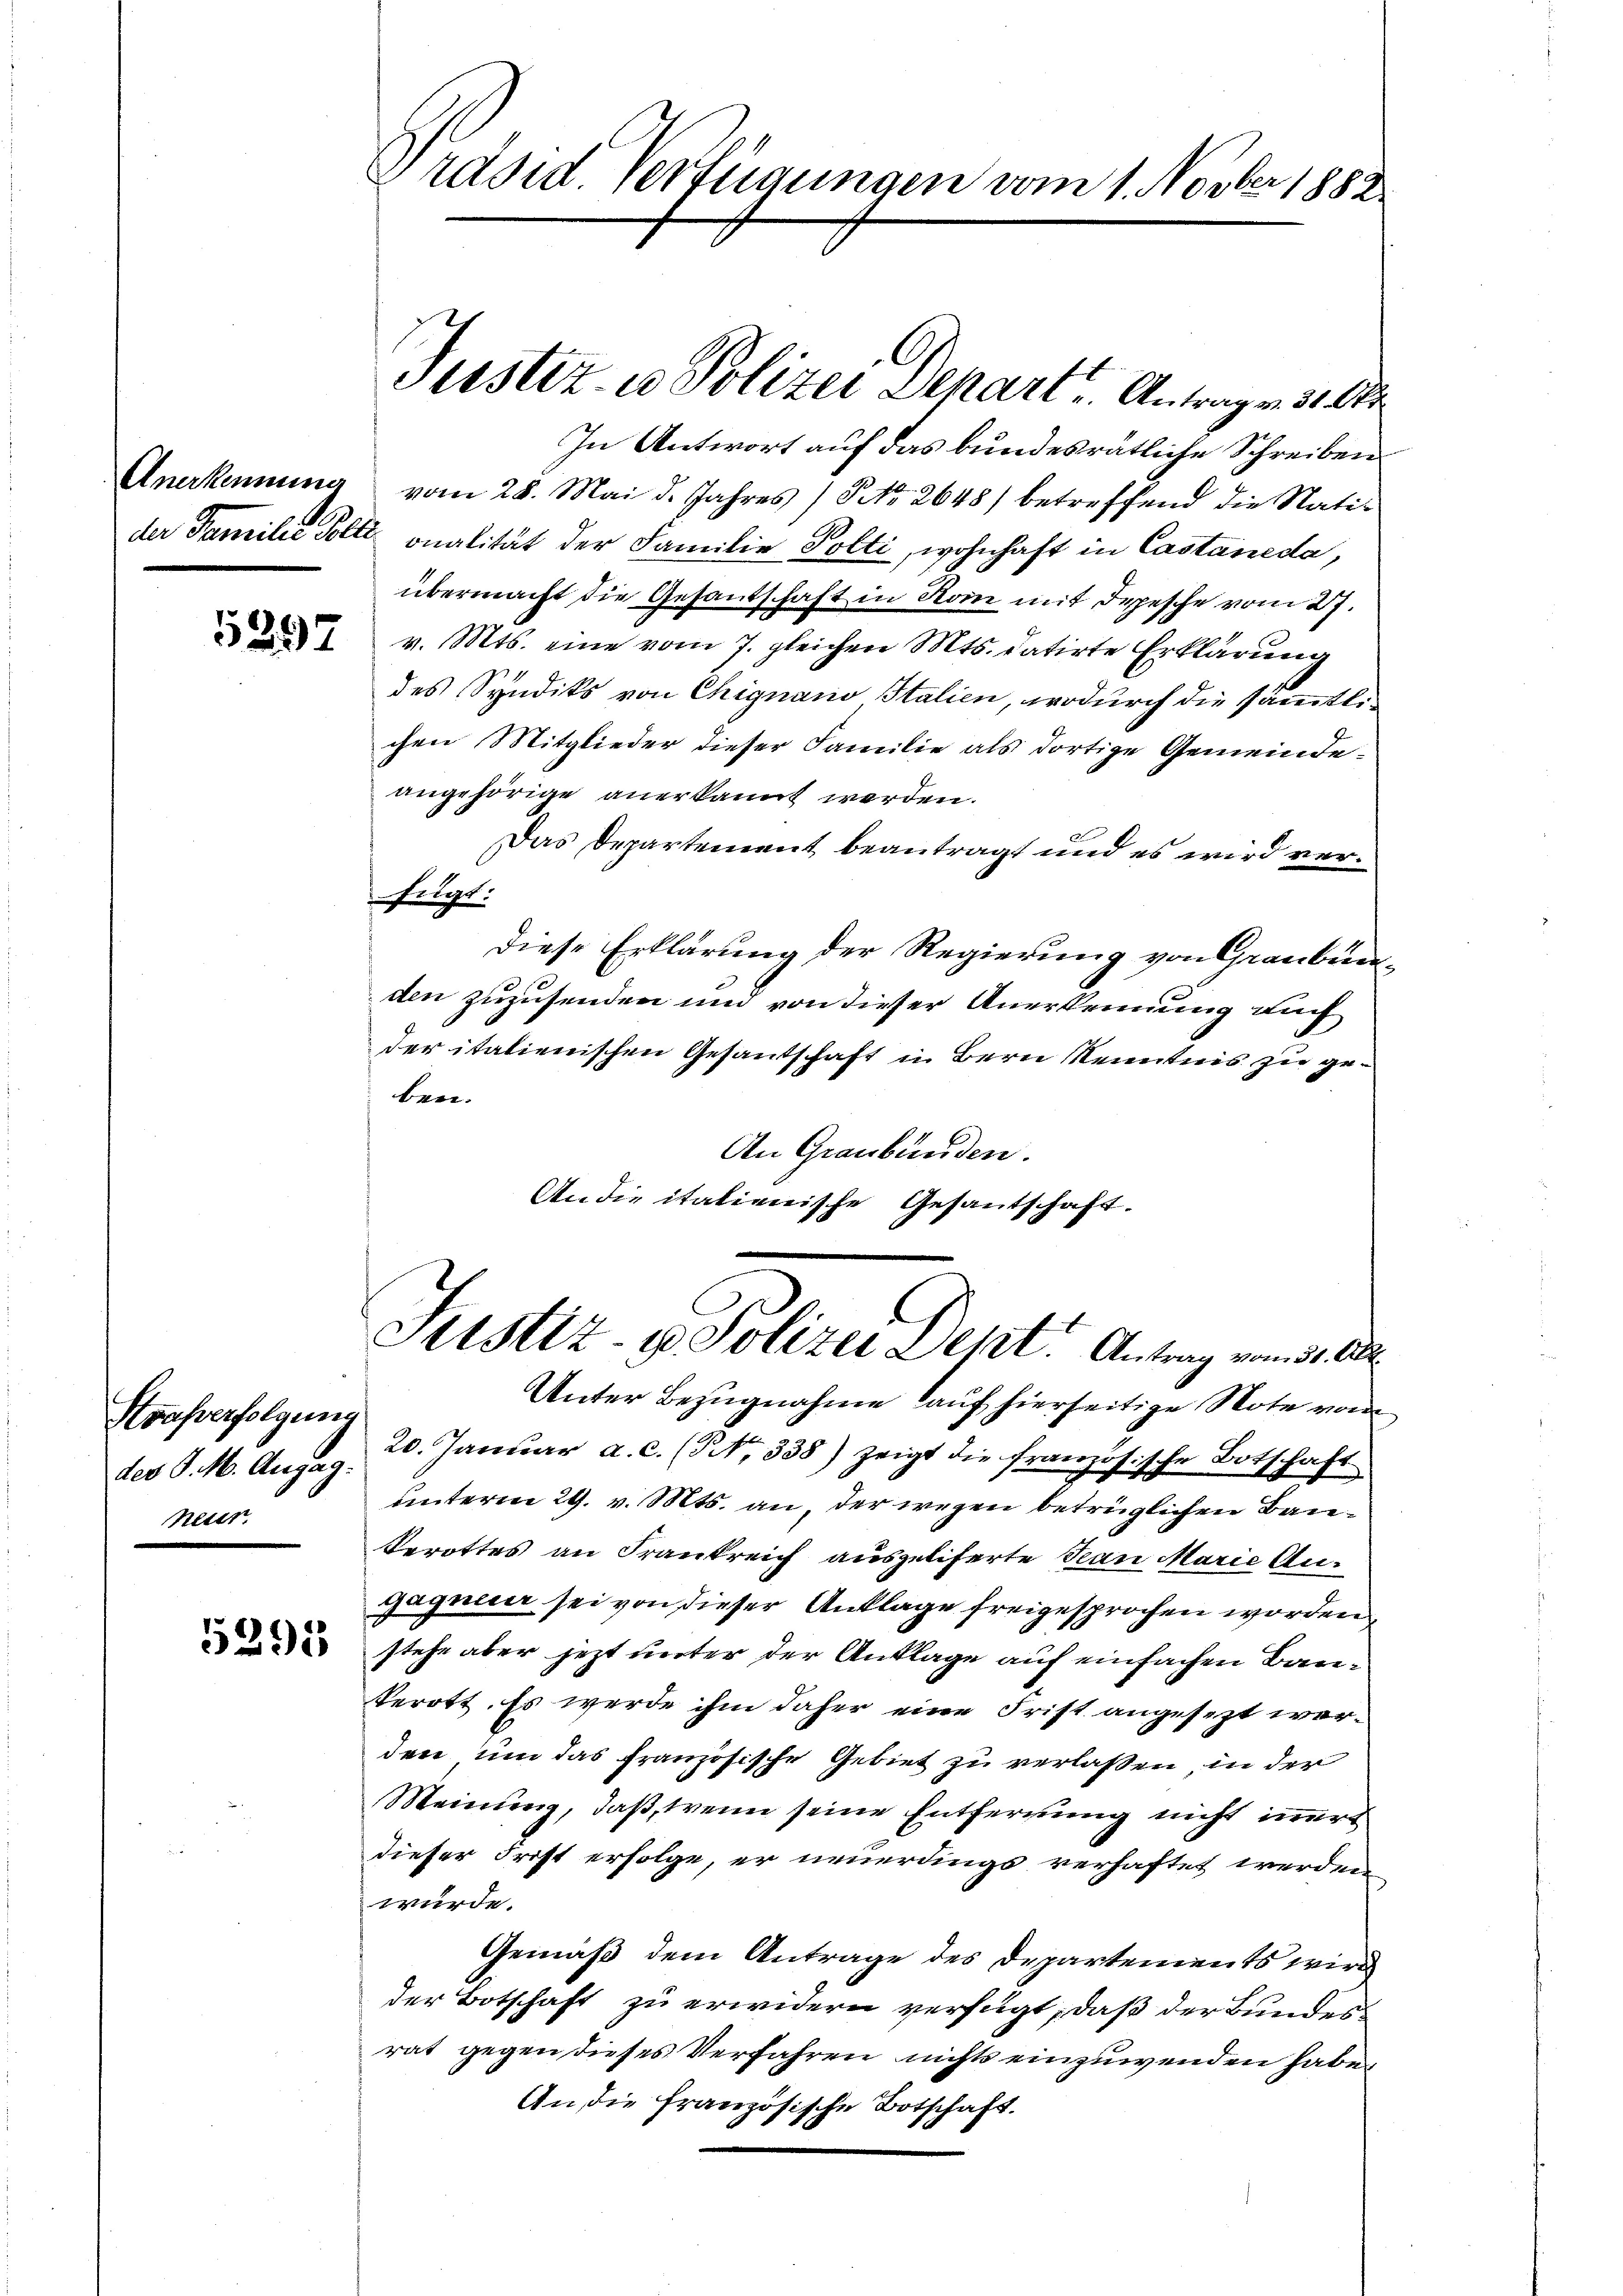
5297

Strafverfolgung
des P. M. Augag.
heuer.

5291

Präsid. Verfügungen vom 1. Novber 1882

In Antwort auf das bundesrätliche Schreiben
Anerkennung vom 28. Mai d. Jahres No 2648) betreffend die Nati-
der Familie Polte onalität der Familie Polti, wohnhaft in Castaneda,
übermacht die Gesantschaft in Rom mit Depesche vom 27.
v. Mts. eine vom 7. gleichen Mts. datirte Erklärung
des Syndiks von Chignano Italien, wodurch die sämmtlichen Mitglieder dieser Familie als dortige Gemeindeangehörige anerkannt werden.
Das Departement beantragt und es wird ver¬
Fregt.
Diese Erklärung der Regierung von Graubünden zuzusenden und von dieser Anerkennung auch
der italienischen Gesandschaft in Bern Kenntnis zu geben.
An Graubünden.
An die italienische Gesantschaft.

Justiz- u Polizei Depart Antrag v. 31. 8

C
Justiz- & Polizei Dept. Antrag vom 31. Okt.

Unter Bezugnahme auf hierseitige Note von
20. Januar a. c. (NNo. 338) zeigt die französische Botschaft
unterm 29. v. Mts. an, der wegen betrüglichen Bau¬
Berottes an Frankreich auszuliferte San Marie Augagnier sei von dieser Anklage freigesprochen worden,
stehe aber jetzt unter der Anklage auf einfachen Bauterott. Es werde ihm daher eine Frist angesezt werden um das französische Gebiet zu verlassen, in der
Meinung, daß, wenn seine Entfernung nicht immert
dieser Frist erfolge, er neuerdings verhaftet werden
würde.
Gemäß dem Antrage des Departements wird
der Botschaft zu erwidern verfügt, daß der Bundesrat gegen dieses Verfahren nichts einzuwenden habe,
An die französische Botschaft.